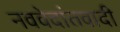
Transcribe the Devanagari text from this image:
नववेदांतवादी